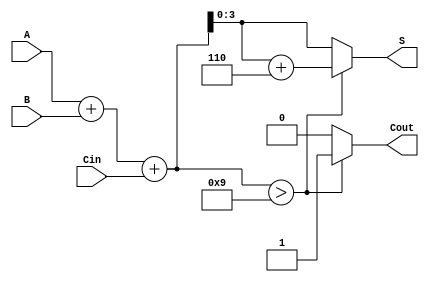
module bcd_fast_adder (
    input wire [3:0] A,     // First BCD digit
    input wire [3:0] B,     // Second BCD digit
    input wire Cin,         // Carry-in
    output reg [3:0] S,     // BCD sum output
    output reg Cout         // Carry-out
);

    reg [4:0] sum;          // 5-bit sum to accommodate carry

    always @(*) begin
        // Step 1: Binary Addition
        sum = A + B + Cin;

        // Step 2: Check for BCD Correction
        if (sum > 9) begin
            S = sum + 5'd6;  // Correct the result by adding 6
            Cout = 1;        // Set carry-out
        end else begin
            S = sum[3:0];    // No correction needed, take lower 4 bits
            Cout = 0;        // No carry-out
        end
    end

endmodule